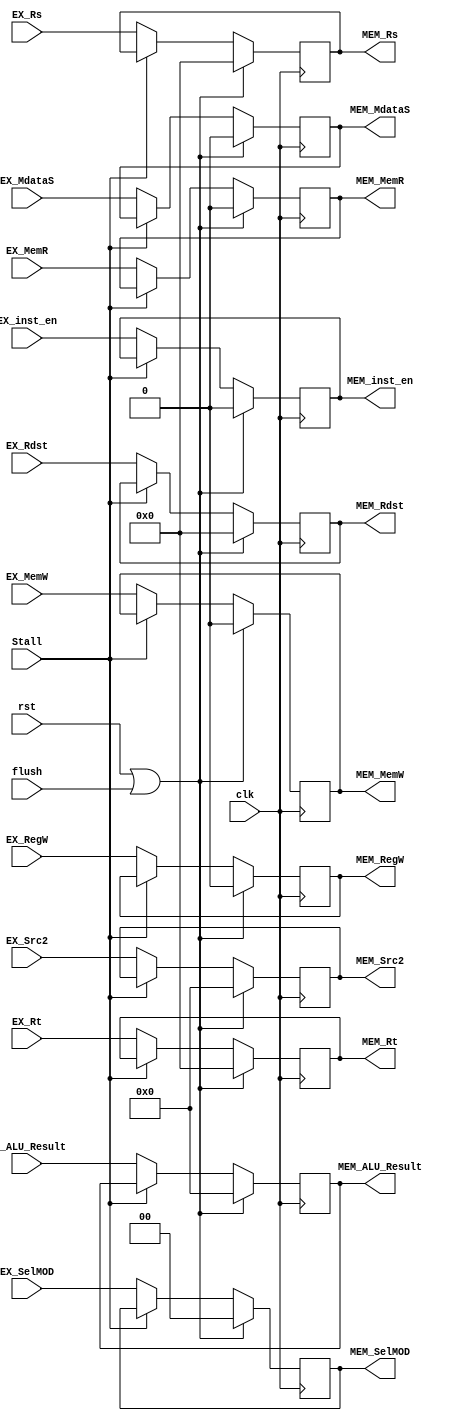
// 2016.06.28
// Project      : Ssmple MIPS 
// Creator(s)   : Yang, Yu-Xiang (M10412034@yuntech.edu.tw)
// 
//
//
//  Description: Ssmple MIPS to compare Out of execution
//  
//

module EX_MEM(
input clk,rst,
input Stall,
input flush,
input EX_inst_en,
input [31:0]EX_ALU_Result,EX_Src2,
input [4:0]EX_Rs,
input [4:0]EX_Rt,
input [4:0]EX_Rdst,
input [1:0]EX_SelMOD,
input EX_MdataS,
input EX_RegW,
input EX_MemR,
input EX_MemW,


output reg MEM_inst_en,
output reg [31:0]MEM_ALU_Result,MEM_Src2,
output reg [4:0]MEM_Rs,
output reg [4:0]MEM_Rt,
output reg [4:0]MEM_Rdst,
output reg MEM_RegW,
output reg MEM_MemR,
output reg [1:0]MEM_SelMOD,
output reg MEM_MdataS,
output reg MEM_MemW

);

always@(posedge clk)begin
	if(rst|flush)begin
		MEM_ALU_Result<=32'd0;
		MEM_Src2      <=32'd0;
		MEM_Rs        <=5'b0;
		MEM_Rt        <=5'b0;
		MEM_Rdst      <=5'b0;		
		MEM_RegW      <=1'b0;
		MEM_MemR      <=1'b0;
		MEM_MemW      <=1'b0;
		MEM_inst_en   <=1'b0;
		MEM_SelMOD    <=2'b0;
		MEM_MdataS    <=1'b0;
		end
	else if(!Stall)begin
		MEM_ALU_Result<=EX_ALU_Result;
		MEM_Src2      <=EX_Src2;
		MEM_Rs        <=EX_Rs;
		MEM_Rt        <=EX_Rt;
		MEM_Rdst      <=EX_Rdst;
		MEM_RegW      <=EX_RegW;
		MEM_MemR      <=EX_MemR;
		MEM_MemW      <=EX_MemW;
		MEM_inst_en   <=EX_inst_en;
		MEM_SelMOD    <=EX_SelMOD;
		MEM_MdataS    <=EX_MdataS;
		end
	end

endmodule